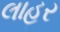
લાહર